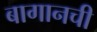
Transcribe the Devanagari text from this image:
बागानची